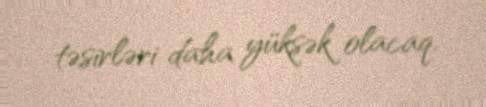
təsirləri daha yüksək olacaq.